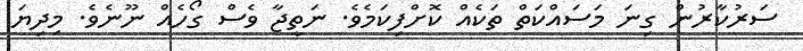
ސަރުކާރުން ގިނަ މަސައްކަތް ތަކެއް ކޮށްފިކަމެވެ. ނަތީޖާ ވެސް ގޯހެއް ނޫނެވެ. މިދިޔަ